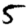
Digit: 5